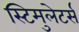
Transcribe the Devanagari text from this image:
स्टिमुलेटर्स